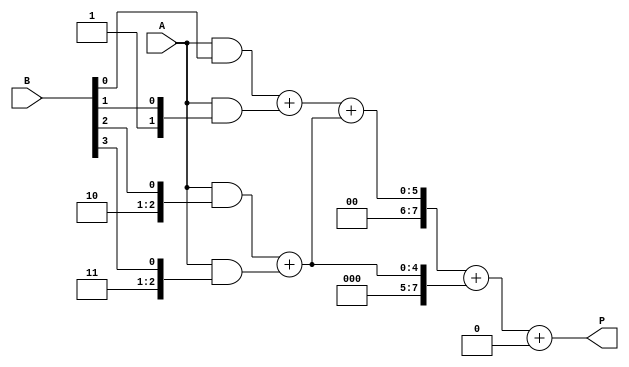
module wallace_tree_multiplier #(
    parameter N = 4  // Bit-width of the inputs (can be adjusted)
)(
    input  wire [N-1:0] A,
    input  wire [N-1:0] B,
    output reg  [2*N-1:0] P
);

    // Internal signals for partial products
    wire [N-1:0] pp[N-1:0];  // Array of partial products
    wire [2*N-1:0] s[N-1:0];  // Sums from the CSA
    wire [2*N-1:0] c[N-1:0];  // Carries from the CSA
    wire [2*N-1:0] final_sum;
    wire [2*N-1:0] final_carry;

    // Generate Partial Products
    genvar i, j;
    generate
        for (i = 0; i < N; i = i + 1) begin : partial_product_gen
            assign pp[i] = A & { {N{i}}, B[i] }; // ANDing A with each bit of B
        end
    endgenerate

    // Wallace Tree Structure using Carry Save Adders (CSAs)
    // Stage 1: Pair groups of partial products
    generate
        for (i = 0; i < N-1; i = i + 1) begin : wallace_tree_stage1
            if (i < N/2) begin
                assign s[i] = pp[2*i] + pp[2*i + 1];  // First stage sums
                assign c[i] = 0;  // Carries (for simple CSA)
            end else if (i < N-1) begin
                assign s[i] = pp[i];  // Remaining partial products
                assign c[i] = 0;      // Carries
            end
        end
    endgenerate

    // Additional stages of CSA
    // Stage 2 and 3
    generate
        for (i = 0; i < N-1; i = i + 1) begin : wallace_tree_stage2
            // Combine sums and carries from previous stage
            if (i < (N-1)/2) begin
                assign s[i] = s[2*i] + s[2*i + 1];  // Adding sums from previous stage
                assign c[i] = c[2*i] + c[2*i + 1];  // Adding carries
            end
        end
    endgenerate

    // Final Addition
    always @(*) begin
        P = final_sum + final_carry; // Final product
    end

    // Final A and B addition
    assign final_sum = s[0] + s[1];
    assign final_carry = c[0] + c[1];

endmodule